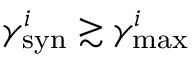
\gamma _ { \mathrm { s y n } } ^ { i } \gtrsim \gamma _ { \mathrm { m a x } } ^ { i }